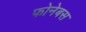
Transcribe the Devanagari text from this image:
फोनेबस